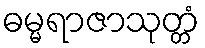
ဓမ္မရာဇာသုတ္တံ